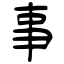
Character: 事